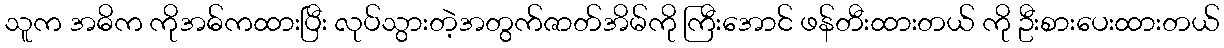
သူက အဓိက ကိုအဓ်ကထားပြီး လုပ်သွားတဲ့အတွက်ဇာတ်အိမ်ကို ကြီးအောင် ဖန်တီးထားတယ် ကို ဦးစားပေးထားတယ်